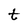
Character: t